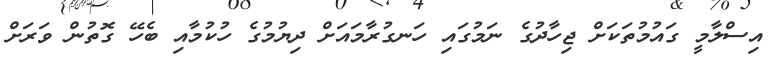
އިސްލާމީ ގައުމުތަކަށް ޖިހާދުގެ ނަމުގައި ހަނގުރާމައަށް ދިޔުމުގެ ހުކުމާއި ބެހޭ ގޮތުން ވަރަށް